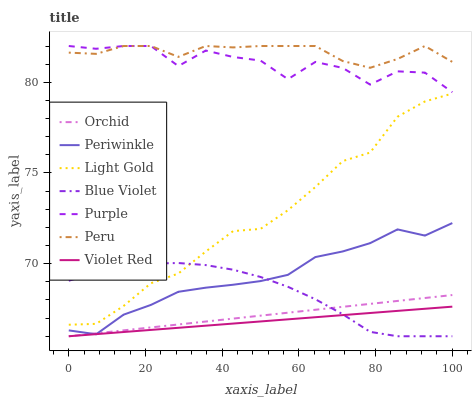
| xaxis_label | Orchid | Periwinkle | Light Gold | Blue Violet | Purple | Peru | Violet Red |
 | --- | --- | --- | --- | --- | --- | --- | --- |
 | 0 | 66 | 66.3 | 66.6 | 69.1 | 82 | 81.6 | 66 |
 | 7.14 | 66.2 | 66.1 | 66.7 | 69.5 | 81.8 | 81.6 | 66.1 |
 | 14.3 | 66.3 | 67.2 | 67.7 | 69.8 | 82 | 82 | 66.2 |
 | 21.4 | 66.5 | 67.7 | 68.9 | 70 | 82 | 82 | 66.3 |
 | 28.6 | 66.6 | 68.5 | 69.5 | 70 | 80.9 | 81.4 | 66.5 |
 | 35.7 | 66.8 | 68.7 | 70.7 | 69.9 | 81.8 | 82 | 66.6 |
 | 42.9 | 67 | 68.8 | 71.8 | 69.7 | 81.4 | 81.9 | 66.7 |
 | 50 | 67.1 | 69 | 71.9 | 69.3 | 81.2 | 82 | 66.8 |
 | 57.1 | 67.3 | 69.4 | 72.9 | 68.7 | 80.2 | 82 | 66.9 |
 | 64.3 | 67.5 | 70.4 | 74.2 | 68 | 81.1 | 82 | 67 |
 | 71.4 | 67.6 | 70.7 | 75.7 | 67.2 | 80.8 | 81.2 | 67.2 |
 | 78.6 | 67.8 | 71.1 | 76.1 | 66.2 | 79.9 | 80.8 | 67.3 |
 | 85.7 | 67.9 | 71.9 | 78.1 | 66 | 80.6 | 81.3 | 67.4 |
 | 92.9 | 68.1 | 71.5 | 78.9 | 66 | 80.5 | 82 | 67.5 |
 | 100 | 68.3 | 72.2 | 79.4 | 66 | 79.5 | 81.1 | 67.6 |